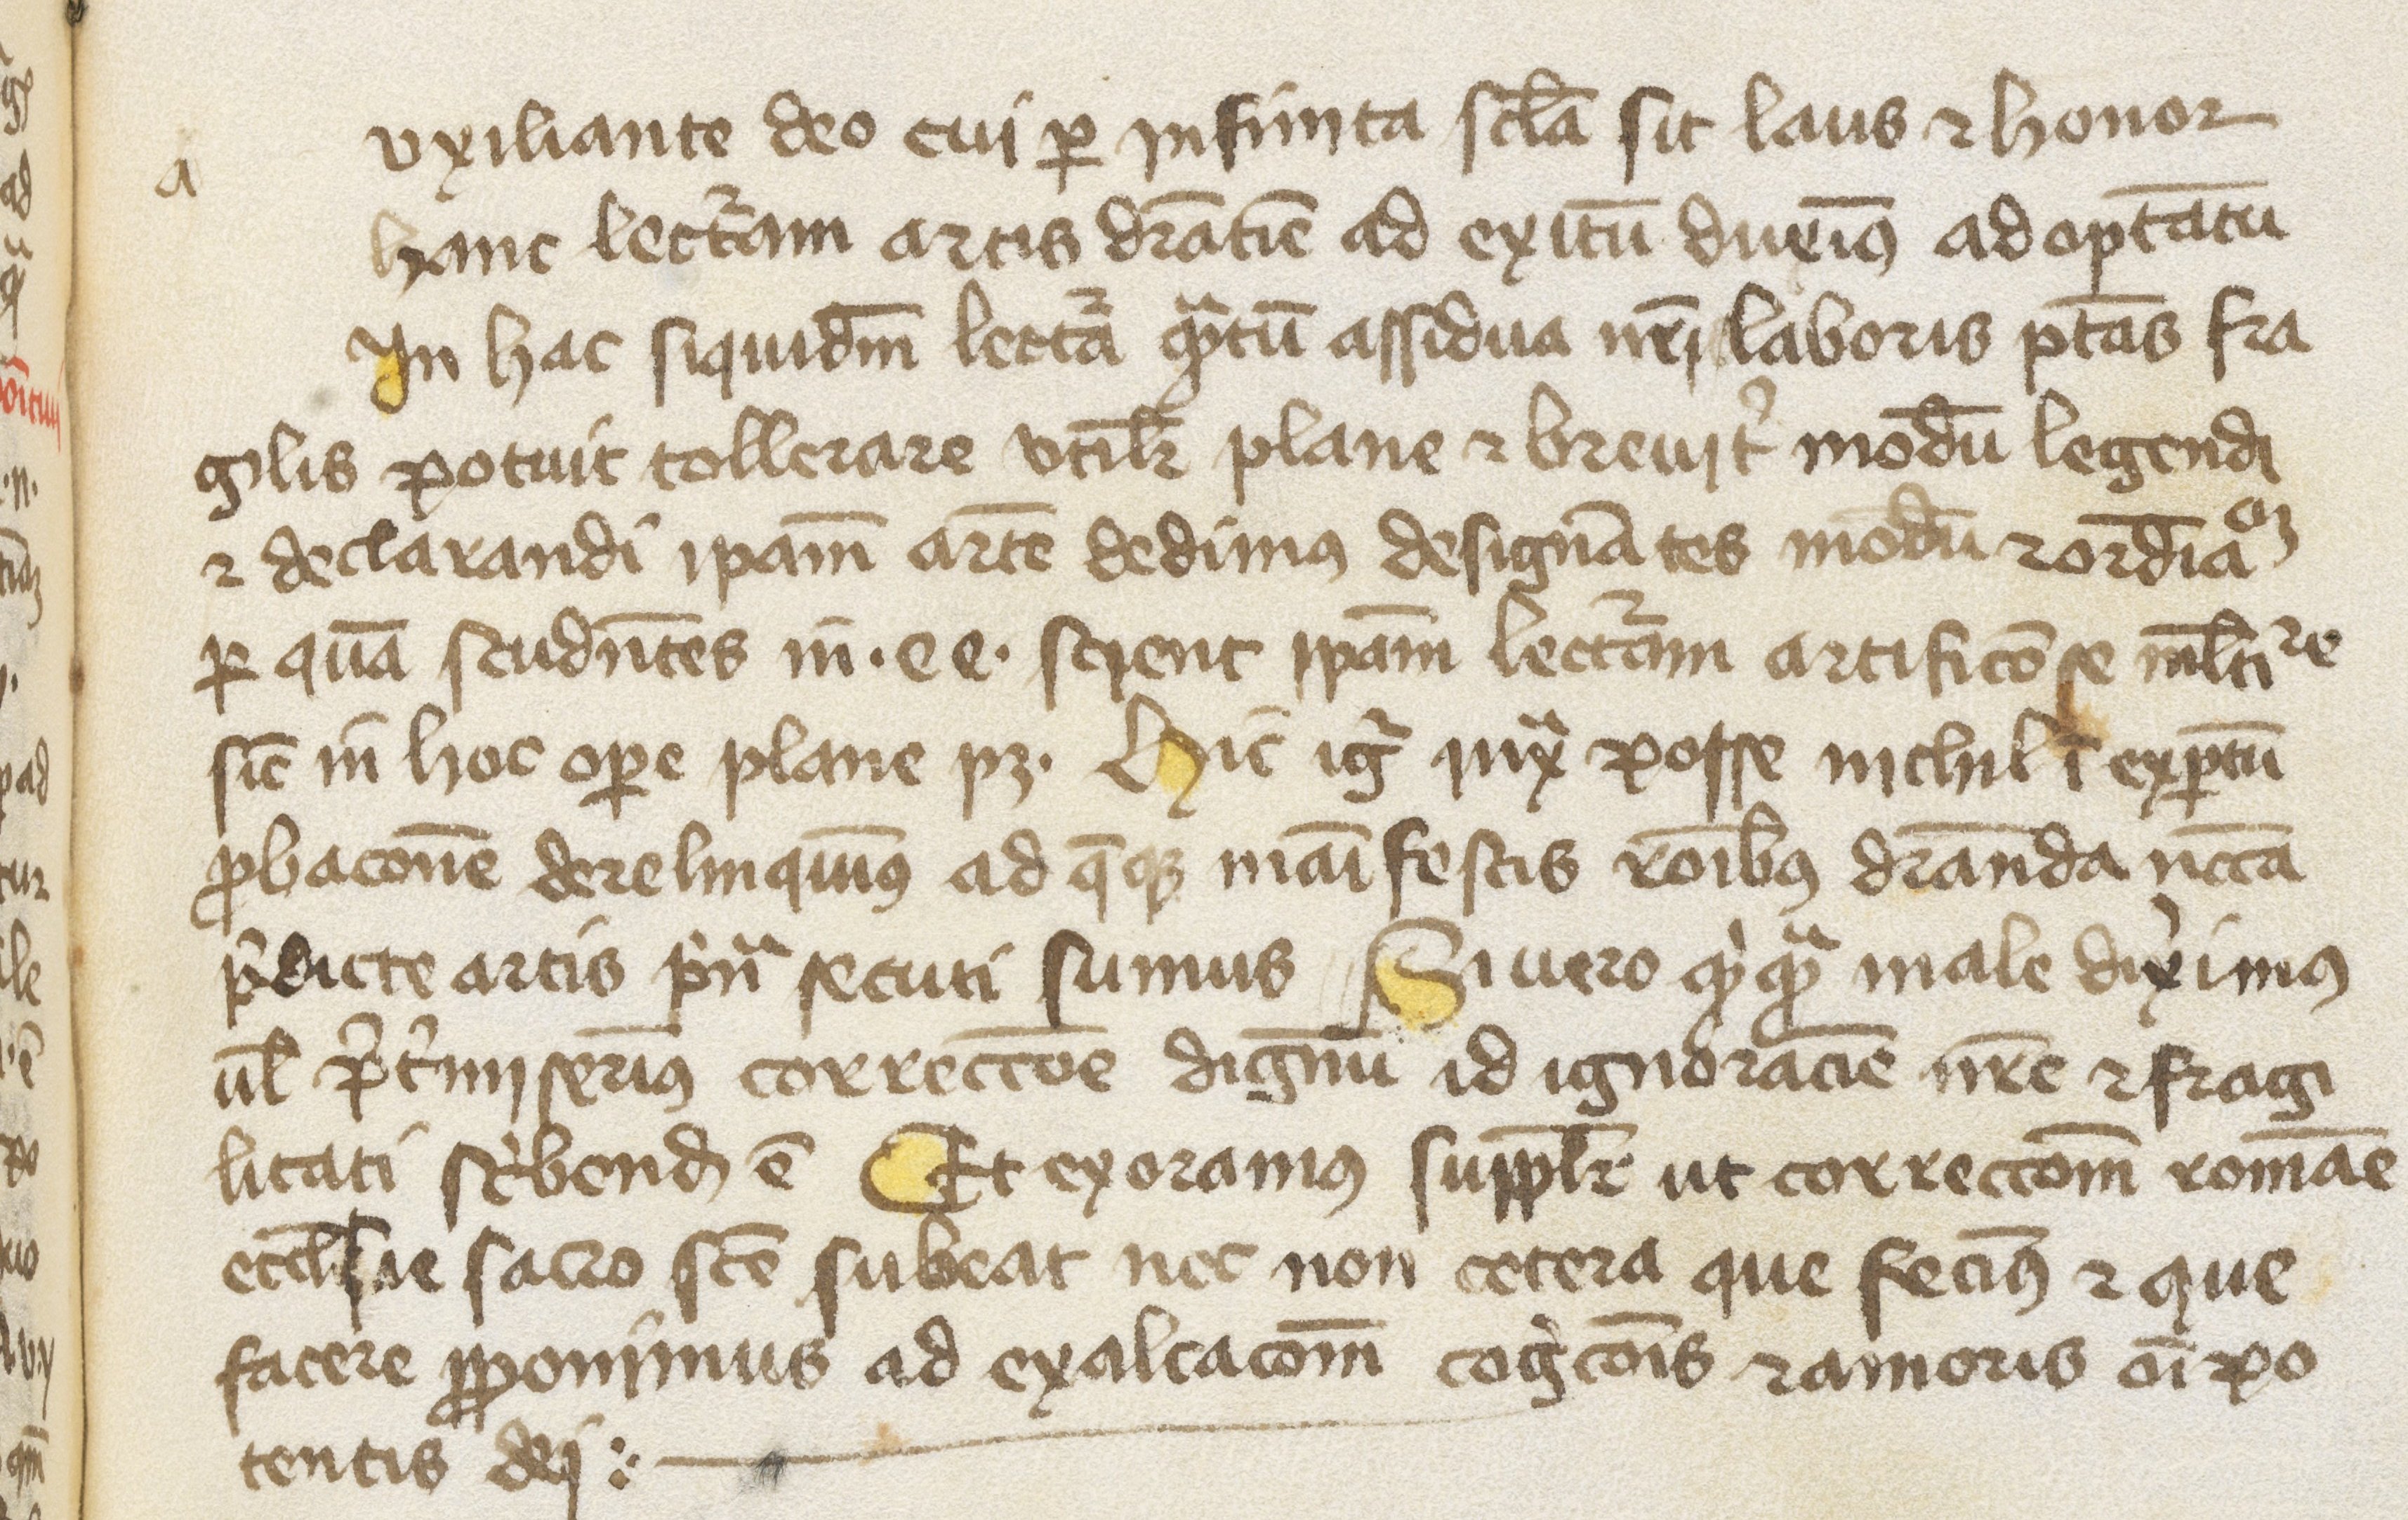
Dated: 1300–1399